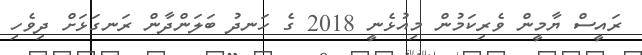
ރައީސް ޔާމީން ވެރިކަމުން މިއުޅެނީ 2018 ގެ ހަނދު ބަލަންދާން ރަނގަޅަށް ދިވެހި